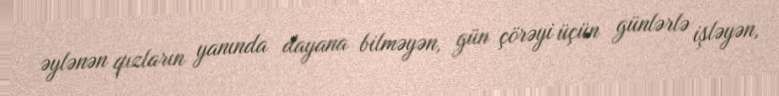
əylənən qızların yanında dayana bilməyən, gün çörəyi üçün günlərlə işləyən,